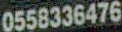
0558336476